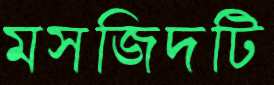
মসজিদটি